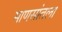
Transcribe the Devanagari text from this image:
माणसांतला